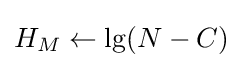
H_{M}\gets \lg(N-C)